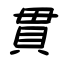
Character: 貫